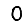
Digit: 0